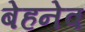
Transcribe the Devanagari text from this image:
बेहनेव